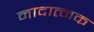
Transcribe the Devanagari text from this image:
नादात्मक